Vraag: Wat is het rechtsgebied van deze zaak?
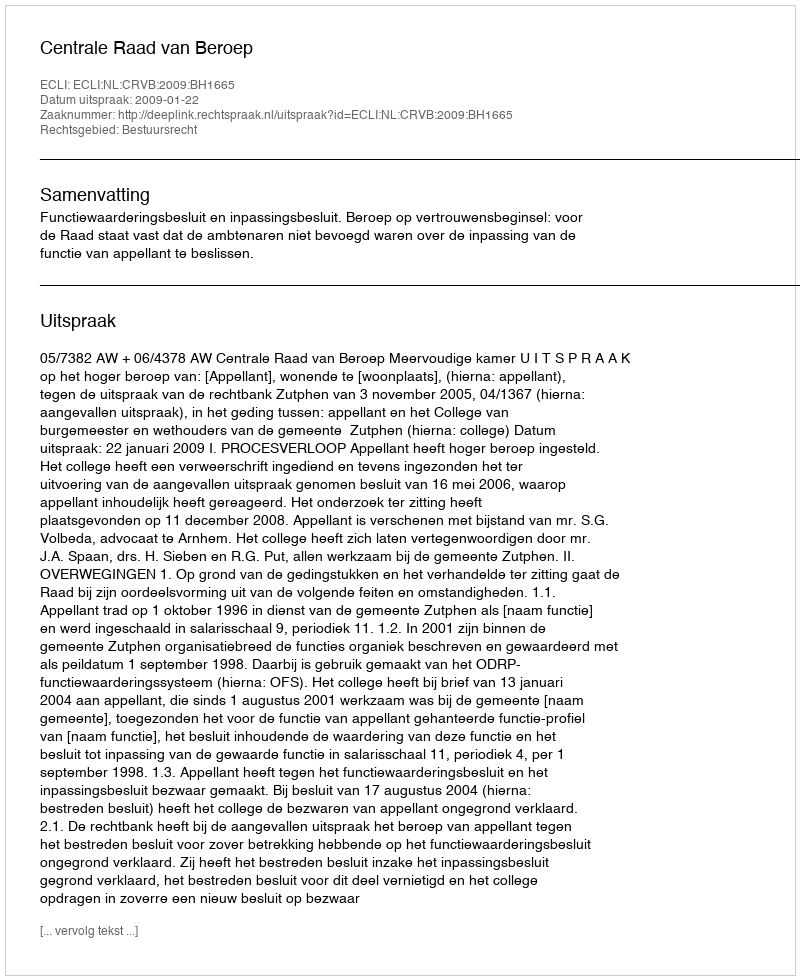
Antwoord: Bestuursrecht